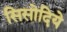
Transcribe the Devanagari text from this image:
सिसोदिये